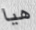
هيا